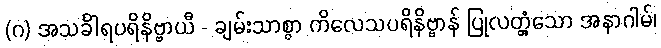
(ဂ) အသင်္ခါရပရိနိဗ္ဗာယီ - ချမ်းသာစွာ ကိလေသပရိနိဗ္ဗာန် ပြုလတ္တံ့သော အနာဂါမ်၊